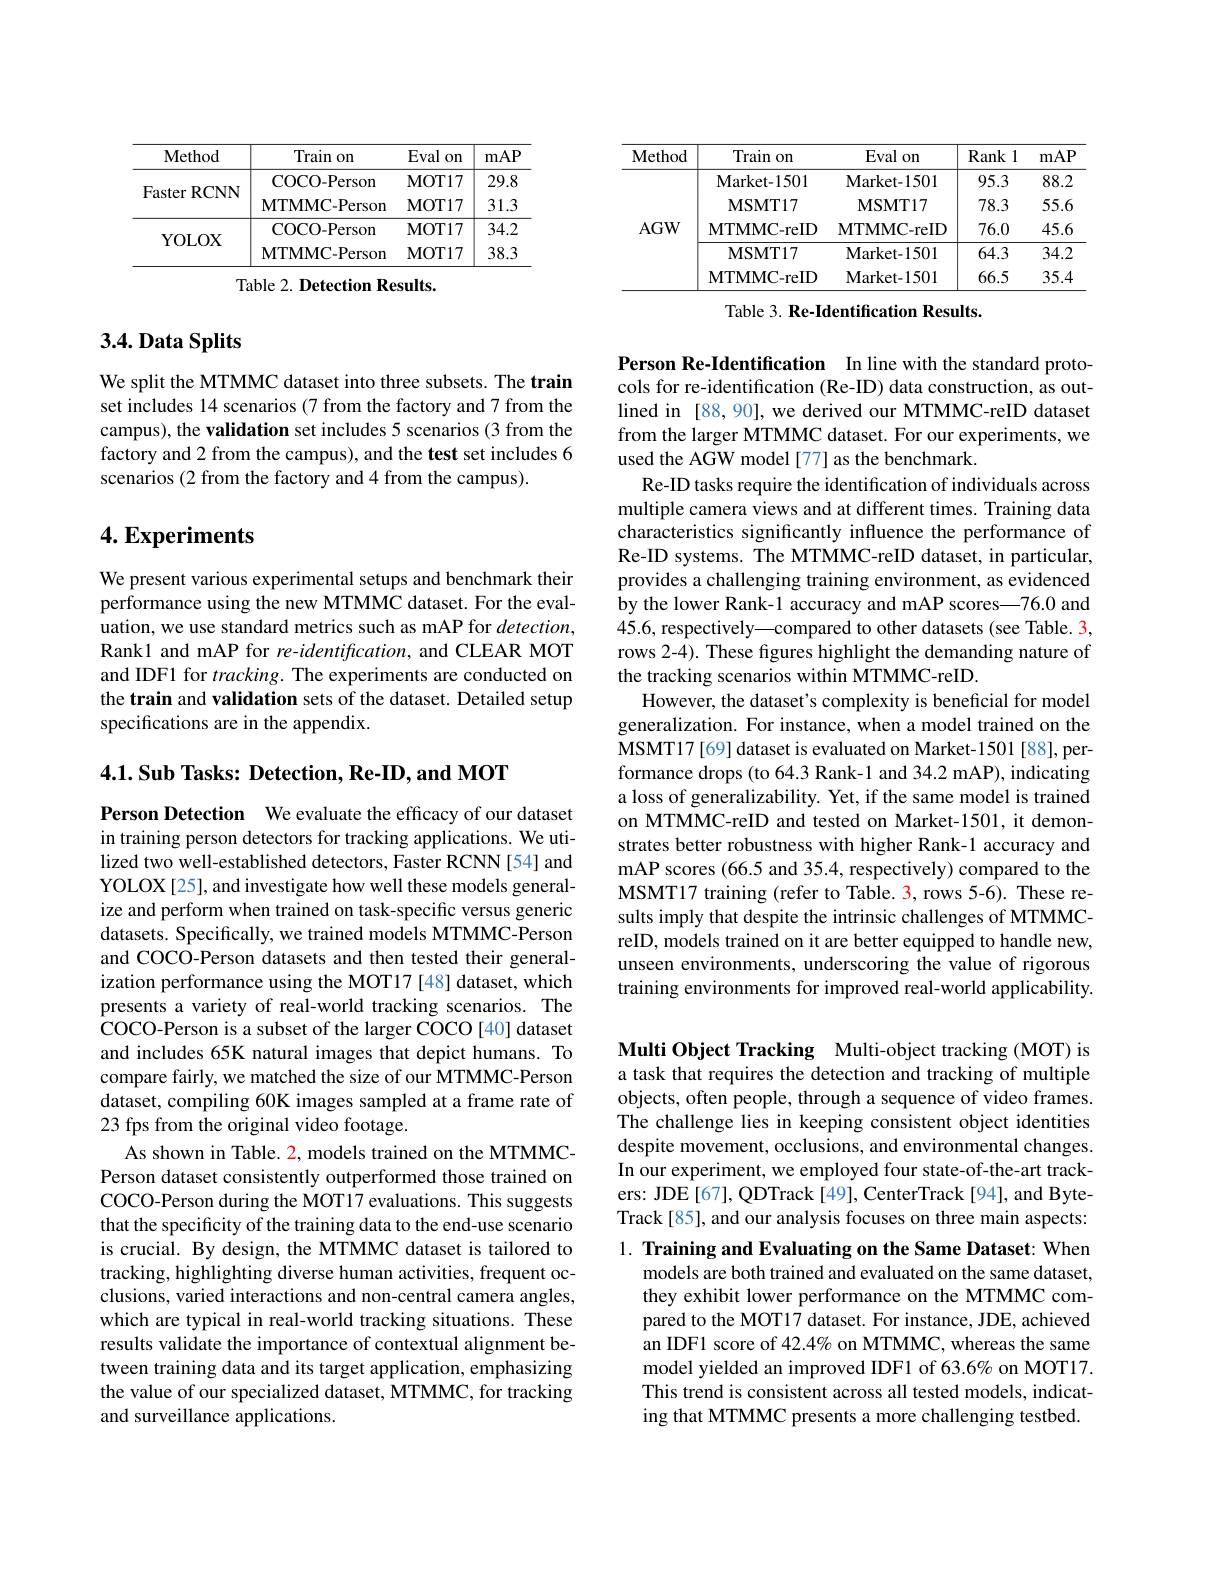
<table>
	<tbody>
		<tr>
			<th>Method</th>
			<th>Train $10n$</th>
			<th>Eval on</th>
			<th>mAP</th>
		</tr>
		<tr>
			<td rowspan="2">Faster RCNN</td>
			<td>COCO- Person</td>
			<td>MOT17</td>
			<td>29.8</td>
		</tr>
		<tr>
			<td>$\mathbf{MTMMC-Person}$</td>
			<td>MOT17</td>
			<td>31.3</td>
		</tr>
		<tr>
			<td rowspan="2">YOLOX</td>
			<td>COCO- Person</td>
			<td>MOT17</td>
			<td>34.2</td>
		</tr>
		<tr>
			<td>$\mathbf{MTMMC-Person}$</td>
			<td>MOT17</td>
			<td>38.3</td>
		</tr>
	</tbody>
</table>

Table 2. Detection Results.

## $3. 4. \textbf{Data Splits}$

We split the MTMMC dataset into three subsets. The train set includes 14 scenarios (7 from the factory and 7 from the campus), the validation set includes 5 scenarios (3 from the factory and 2 from the campus), and the test set includes 6 scenarios (2 from the factory and 4 from the campus).

## $4. \textbf{Experiments}$

We present various experimental setups and benchmark their performance using the new MTMMC dataset. For the evaluation, we use standard metrics such as mAP for $detection$, Rank1 and mAP for re-identification, and CLEAR MOT and IDF1 for $tracking.$ The experiments are conducted on the train and validation sets of the dataset. Detailed setup specifications are in the appendix.

4.1. Sub Tasks: Detection, Re-ID, and MOT

Person Detection We evaluate the efficacy of our dataset in training person detectors for tracking applications. We utilized two well-established detectors, Faster RCNN [54] and YOLOX[25], and investigate how well these models generalize and perform when trained on task-specific versus generic datasets. Specifically, we trained models MTMMC-Person and COCO-Person datasets and then tested their generalization performance using the MOT17 [48] dataset, which presents a variety of real-world tracking scenarios. The COCO-Person is a subset of the larger COCO [40] dataset and includes 65K natural images that depict humans. To compare fairly, we matched the size of our MTMMC-Person dataset, compiling 60K images sampled at a frame rate of 23 fps from the original video footage.
As shown in Table. 2, models trained on the MTMMCPerson dataset consistently outperformed those trained on COCO-Person during the MOT17 evaluations. This suggests that the specificity of the training data to the end-use scenario is crucial. By design, the MTMMC dataset is tailored to tracking, highlighting diverse human activities, frequent occlusions, varied interactions and non-central camera angles, which are typical in real-world tracking situations. These results validate the importance of contextual alignment between training data and its target application, emphasizing the value of our specialized dataset, MTMMC, for tracking and surveillance applications.

<table>
	<tbody>
		<tr>
			<th>Method</th>
			<th>Train $10n$</th>
			<th>Eval on 11 </th>
			<th>Rank 1</th>
			<th>mAP</th>
		</tr>
		<tr>
			<td rowspan="5">$AGW$</td>
			<td>$\mathbf{Market-1501}$</td>
			<td>$\mathbf{Market-1501}$</td>
			<td>95.3</td>
			<td>88.2</td>
		</tr>
		<tr>
			<td>MSMT17</td>
			<td>MSMT17</td>
			<td>78.3</td>
			<td>55.6</td>
		</tr>
		<tr>
			<td>$\mathbf{MTMMC-reID}$</td>
			<td>MTMMC- reID</td>
			<td>76.0</td>
			<td>45.6</td>
		</tr>
		<tr>
			<td>MSMT17</td>
			<td>$\mathbf{Market-1501}$</td>
			<td>64.3</td>
			<td>34.2</td>
		</tr>
		<tr>
			<td>$\mathbf{MTMMC-reID}$</td>
			<td>$\mathbf{Market-1501}$</td>
			<td>66.5</td>
			<td>35.4</td>
		</tr>
	</tbody>
</table>
Table 3. Re-Identification Results.

Person Re-Identification In line with the standard protocols for re-identification (Re-ID) data construction, as outlined in [88, 90], we derived our MTMMC-reID dataset from the larger MTMMC dataset. For our experiments, we used the AGW model[77] as the benchmark.
Re-ID tasks require the identification of individuals across multiple camera views and at different times. Training data characteristics significantly influence the performance of Re-ID systems. The MTMMC-reID dataset, in particular, provides a challenging training environment, as evidenced by the lower Rank-1 accuracy and mAP scores—76.0 and 45.6, respectively—compared to other datasets (see Table. 3, rows 2-4). These figures highlight the demanding nature of the tracking scenarios within MTMMC-reID.
However, the dataset's complexity is beneficial for model generalization. For instance, when a model trained on the MSMT17[69] dataset is evaluated on Market-1501[88], performance drops (to 64.3 Rank-1 and 34.2 mAP), indicating a loss of generalizability. Yet, if the same model is trained on MTMMC-reID and tested on Market-1501, it demonstrates better robustness with higher Rank-1 accuracy and mAP scores (66.5 and 35.4, respectively) compared to the MSMT17 training (refer to Table. 3, rows 5-6). These results imply that despite the intrinsic challenges of MTMMCreID, models trained on it are better equipped to handle new, unseen environments, underscoring the value of rigorous training environments for improved real-world applicability.

Multi Object Tracking Multi-object tracking (MOT) is a task that requires the detection and tracking of multiple objects, often people, through a sequence of video frames. The challenge lies in keeping consistent object identities despite movement, occlusions, and environmental changes. In our experiment, we employed four state-of-the-art trackers: JDE[67], QDTrack [49], CenterTrack [94], and ByteTrack[85], and our analysis focuses on three main aspects:

1. Training and Evaluating on the Same Dataset: When

models are both trained and evaluated on the same dataset, they exhibit lower performance on the MTMMC compared to the MOT17 dataset. For instance, JDE, achieved an IDF1 score of 42.4% on MTMMC, whereas the same model yielded an improved IDF1 of 63.6% on MOT17. This trend is consistent across all tested models, indicating that MTMMC presents a more challenging testbed.